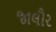
જાલૌર